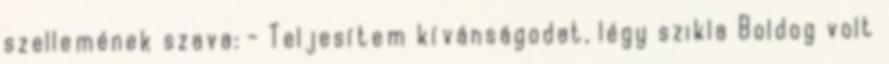
szellemének szava: - Teljesítem kívánságodat, légy szikla Boldog volt